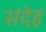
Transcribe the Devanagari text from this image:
संदेहं